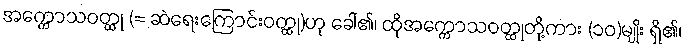
အက္ကောသဝတ္ထု (= ဆဲရေးကြောင်းဝတ္ထု)ဟု ခေါ်၏၊ ထိုအက္ကောသဝတ္ထုတို့ကား (၁၀)မျိုး ရှိ၏၊